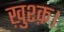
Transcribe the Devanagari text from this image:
ख़ुश्क़।